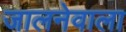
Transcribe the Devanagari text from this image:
जालनेवाला